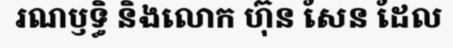
រណឫទ្ធិ និងលោក ហ៊ុន សែន ដែល